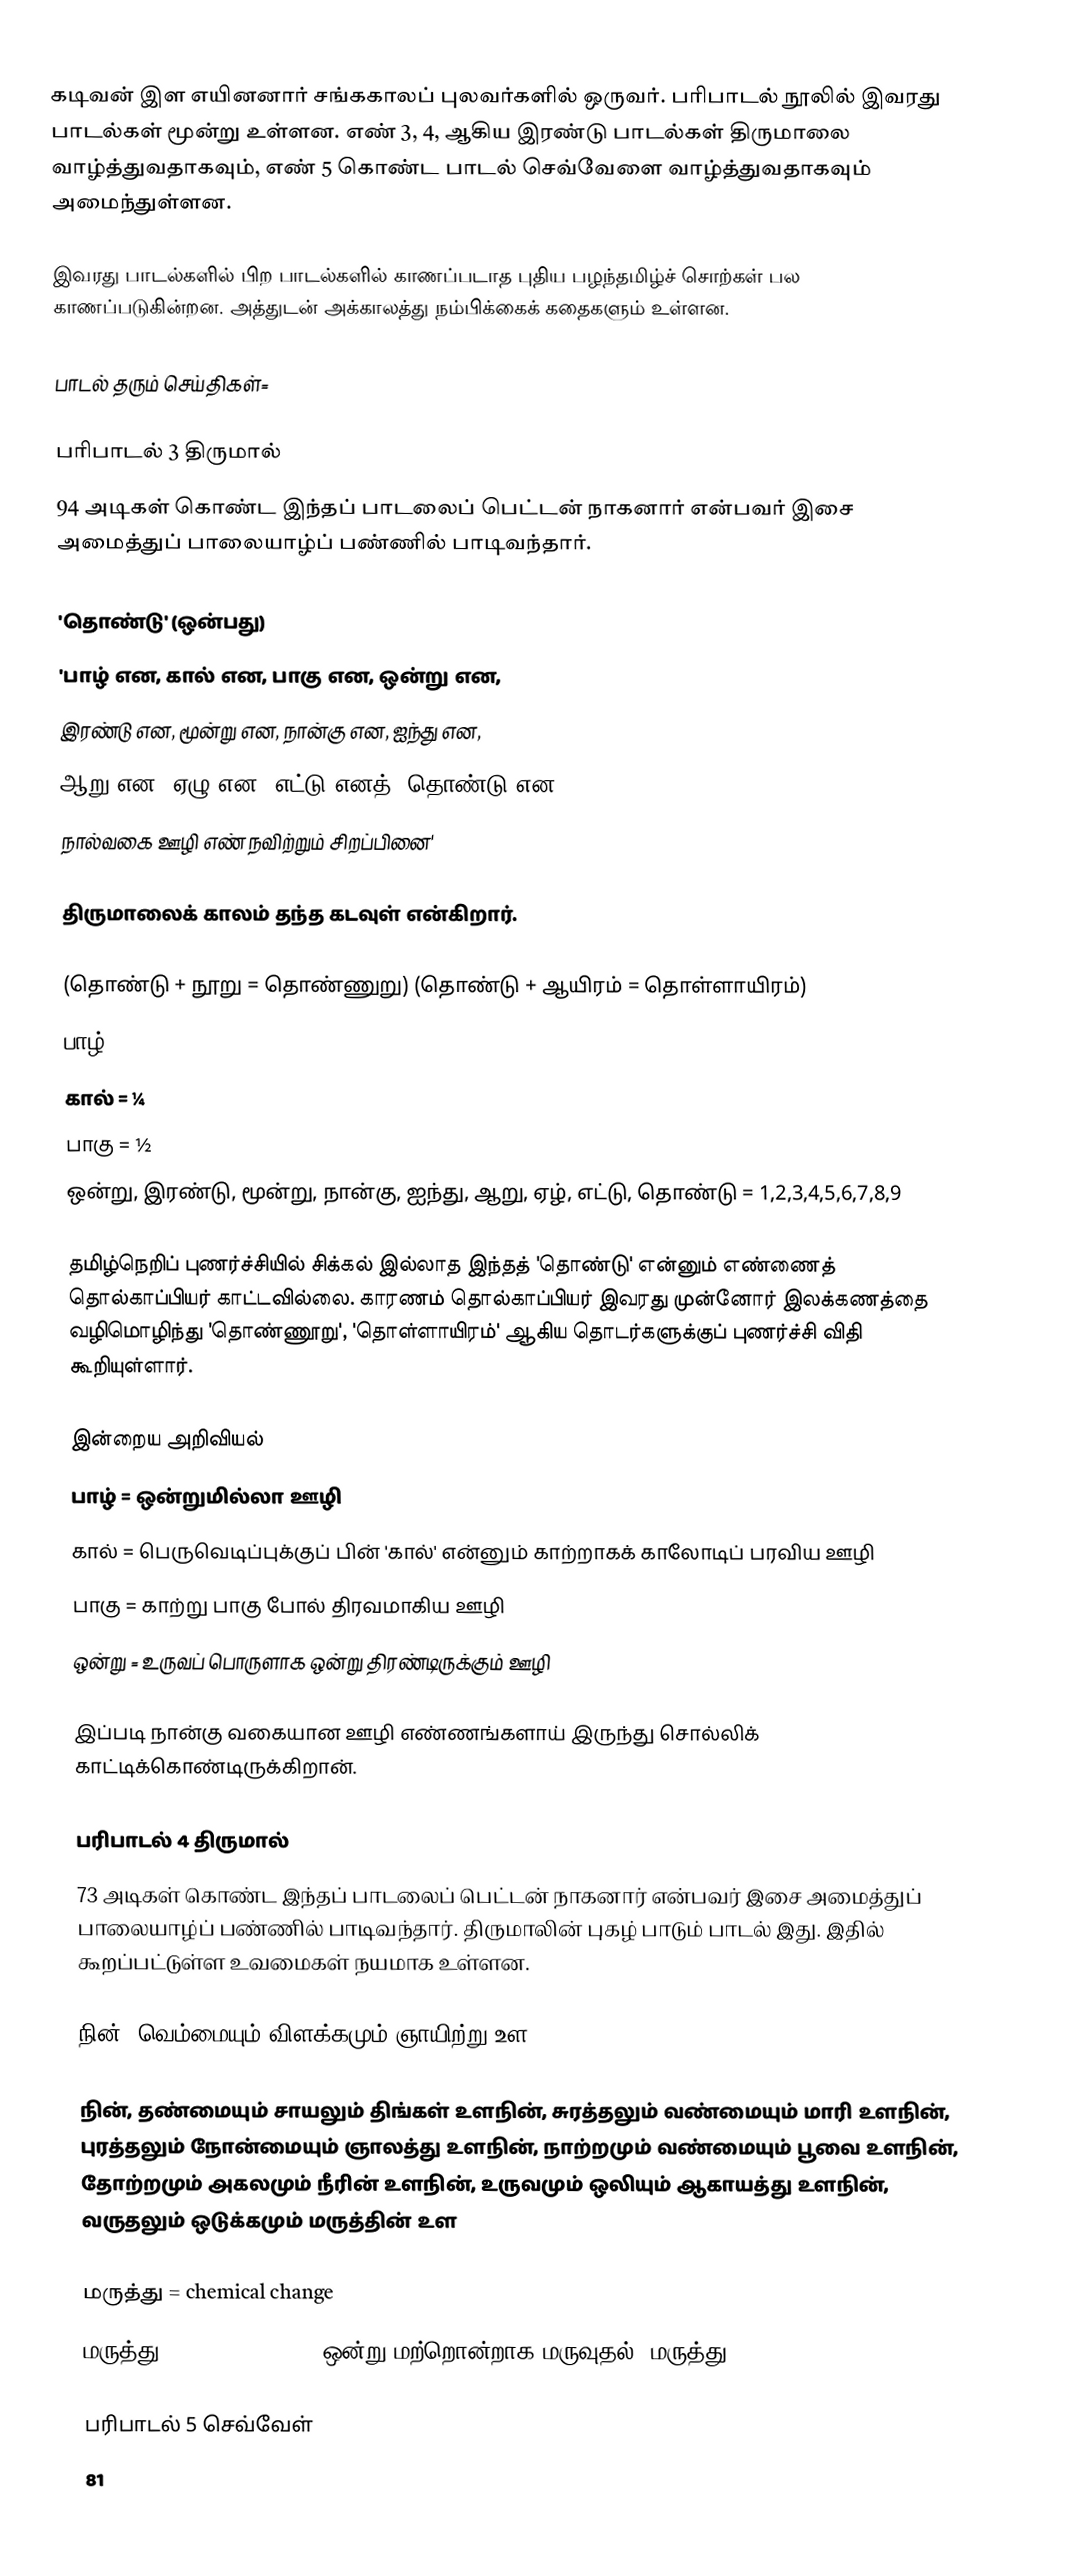
கடிவன் இள எயினனார் சங்ககாலப் புலவர்களில் ஒருவர். பரிபாடல் நூலில் இவரது பாடல்கள் மூன்று உள்ளன. எண் 3, 4, ஆகிய இரண்டு பாடல்கள் திருமாலை வாழ்த்துவதாகவும், எண் 5 கொண்ட பாடல் செவ்வேளை வாழ்த்துவதாகவும் அமைந்துள்ளன.

 இவரது பாடல்களில் பிற பாடல்களில் காணப்படாத புதிய பழந்தமிழ்ச் சொற்கள் பல காணப்படுகின்றன. அத்துடன் அக்காலத்து நம்பிக்கைக் கதைகளும் உள்ளன.

பாடல் தரும் செய்திகள்=

பரிபாடல் 3 திருமால்
94 அடிகள் கொண்ட இந்தப் பாடலைப் பெட்டன் நாகனார் என்பவர் இசை அமைத்துப் பாலையாழ்ப் பண்ணில் பாடிவந்தார்.

'தொண்டு' (ஒன்பது)
'பாழ் என, கால் என, பாகு என, ஒன்று என,
இரண்டு என, மூன்று என, நான்கு என, ஐந்து என,
ஆறு என, ஏழு என, எட்டு எனத், தொண்டு என
நால்வகை ஊழி எண் நவிற்றும் சிறப்பினை'

திருமாலைக் காலம் தந்த கடவுள் என்கிறார்.

(தொண்டு + நூறு = தொண்ணுறு) (தொண்டு + ஆயிரம் = தொள்ளாயிரம்)
 பாழ் = 0
 கால் = ¼
 பாகு = ½
 ஒன்று, இரண்டு, மூன்று, நான்கு, ஐந்து, ஆறு, ஏழ், எட்டு, தொண்டு = 1,2,3,4,5,6,7,8,9

தமிழ்நெறிப் புணர்ச்சியில் சிக்கல் இல்லாத இந்தத் 'தொண்டு' என்னும் எண்ணைத் தொல்காப்பியர் காட்டவில்லை. காரணம் தொல்காப்பியர் இவரது முன்னோர் இலக்கணத்தை வழிமொழிந்து 'தொண்ணூறு', 'தொள்ளாயிரம்' ஆகிய தொடர்களுக்குப் புணர்ச்சி விதி கூறியுள்ளார்.

இன்றைய அறிவியல்
 பாழ் = ஒன்றுமில்லா ஊழி
 கால் = பெருவெடிப்புக்குப் பின் 'கால்' என்னும் காற்றாகக் காலோடிப் பரவிய ஊழி
 பாகு = காற்று பாகு போல் திரவமாகிய ஊழி
 ஒன்று = உருவப் பொருளாக ஒன்று திரண்டிருக்கும் ஊழி

இப்படி நான்கு வகையான ஊழி எண்ணங்களாய் இருந்து சொல்லிக் காட்டிக்கொண்டிருக்கிறான்.

பரிபாடல் 4 திருமால்
73 அடிகள் கொண்ட இந்தப் பாடலைப் பெட்டன் நாகனார் என்பவர் இசை அமைத்துப் பாலையாழ்ப் பண்ணில் பாடிவந்தார். திருமாலின் புகழ் பாடும் பாடல் இது. இதில் கூறப்பட்டுள்ள உவமைகள் நயமாக உள்ளன.

நின், வெம்மையும் விளக்கமும் ஞாயிற்று உள

நின், தண்மையும் சாயலும் திங்கள் உளநின், சுரத்தலும் வண்மையும் மாரி உளநின், புரத்தலும் நோன்மையும் ஞாலத்து உளநின், நாற்றமும் வண்மையும் பூவை உளநின், தோற்றமும் அகலமும் நீரின் உளநின், உருவமும் ஒலியும் ஆகாயத்து உளநின், வருதலும் ஒடுக்கமும் மருத்தின் உள

மருத்து = chemical change
மருத்து = chemical change ஒன்று மற்றொன்றாக மருவுதல் 'மருத்து'

பரிபாடல் 5 செவ்வேள்
81